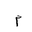
Letter: _mim